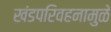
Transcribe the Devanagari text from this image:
खंडपरिवहनामुळे